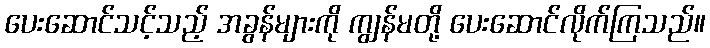
ပေးဆောင်သင့်သည့် အခွန်များကို ကျွန်မတို့ ပေးဆောင်လိုက်ကြသည်။